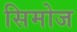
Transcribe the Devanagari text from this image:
सिमोज